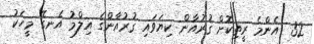
32  އެންމެ ރީތިކޮށް ޤުރުއާން ކިޔަވައި ޤުރުއާންގެ އިލްމު އެނގޭ މީހަކު